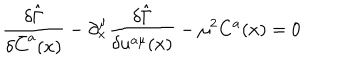
\frac { \delta \hat { \Gamma } } { \delta \bar { C } ^ { a } ( x ) } - \partial _ { x } ^ { \mu } \frac { \delta \hat { \Gamma } } { \delta u ^ { a \mu } ( x ) } - { \mu } ^ { 2 } C ^ { a } ( x ) = 0